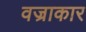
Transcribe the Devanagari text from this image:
वज्राकार